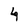
Character: 4